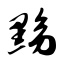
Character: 黝